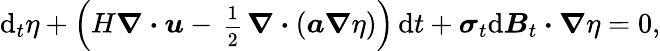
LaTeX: \mathrm{d}_{t}\eta+\Big(H\boldsymbol{\nabla}\boldsymbol{\cdot}\boldsymbol{u}-\mathrm{\scriptsize~\frac{1}{2}~}\boldsymbol{\nabla}\boldsymbol{\cdot}(\boldsymbol{a}\boldsymbol{\nabla}\eta)\Big)\, \mathrm{d}t+\boldsymbol{\sigma}_{t}\mathrm{d}\boldsymbol{B}_{t}\boldsymbol{\cdot}\boldsymbol{\nabla}\eta=0,